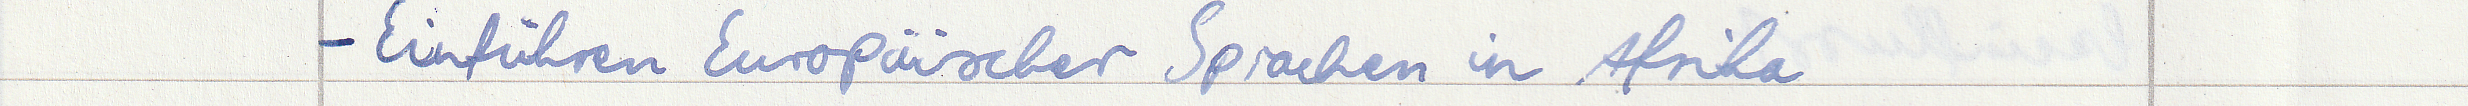
- Einführen Europäischer Sprachen in Afrika